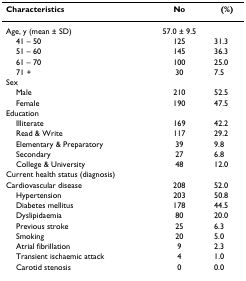
<table><thead><tr><td><b>Characteristics</b></td><td><b>No</b></td><td><b>(%)</b></td></tr></thead><tbody><tr><td>Age, y (mean ± SD)</td><td>57.0 ± 9.5</td><td></td></tr><tr><td> 41 – 50</td><td>125</td><td>31.3</td><td></td></tr><tr><td> 51 – 60</td><td>145</td><td>36.3</td></tr><tr><td> 61 – 70</td><td>100</td><td>25.0</td></tr><tr><td> 71 +</td><td>30</td><td>7.5</td></tr><tr><td>Sex</td><td></td><td></td></tr><tr><td> Male</td><td>210</td><td>52.5</td></tr><tr><td> Female</td><td>190</td><td>47.5</td></tr><tr><td>Education</td><td></td><td></td></tr><tr><td> Illiterate</td><td>169</td><td>42.2</td></tr><tr><td> Read &amp; Write</td><td>117</td><td>29.2</td></tr><tr><td> Elementary &amp; Preparatory</td><td>39</td><td>9.8</td></tr><tr><td> Secondary</td><td>27</td><td>6.8</td></tr><tr><td> College &amp; University</td><td>48</td><td>12.0</td></tr><tr><td>Current health status (diagnosis)</td><td></td><td></td></tr><tr><td>Cardiovascular disease</td><td>208</td><td>52.0</td></tr><tr><td> Hypertension</td><td>203</td><td>50.8</td></tr><tr><td> Diabetes mellitus</td><td>178</td><td>44.5</td></tr><tr><td> Dyslipidaemia</td><td>80</td><td>20.0</td></tr><tr><td> Previous stroke</td><td>25</td><td>6.3</td></tr><tr><td> Smoking</td><td>20</td><td>5.0</td></tr><tr><td> Atrial fibrillation</td><td>9</td><td>2.3</td></tr><tr><td> Transient ischaemic attack</td><td>4</td><td>1.0</td></tr><tr><td> Carotid stenosis</td><td>0</td><td>0.0</td></tr></tbody></table>